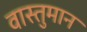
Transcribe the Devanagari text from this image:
वास्तुमान